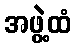
အဖွဲ့ထံ